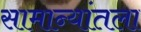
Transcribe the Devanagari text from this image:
सामान्यांतला